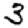
Digit: 3